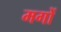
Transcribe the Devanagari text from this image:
मगों